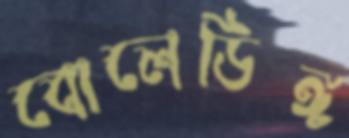
বোলেডিঙ্গ